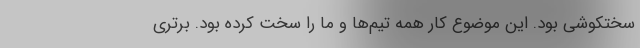
سختکوشی بود. این موضوع کار همه تیم‌ها و ما را سخت کرده بود. برتری